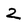
Character: 2